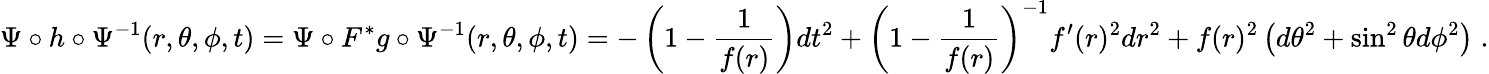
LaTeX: \Psi\circ h\circ\Psi^{-1}(r,\theta,\phi,t)=\Psi\circ F^{*}g\circ\Psi^{-1}(r,\theta,\phi,t)=-\left(1-\frac{1}{f(r)}\right)dt^{2}+\left(1-\frac{1}{f(r)}\right)^{-1}f^{\prime}(r)^{2}dr^{2}+f(r)^{2}\left(d\theta^{2}+\sin^{2}\theta d\phi^{2}\right)\; .